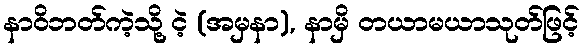
နာဝိဘတ်ကဲ့သို့ ငဲ့ (အမှနာ), နာမှိ တယာမယာသုတ်ဖြင့်